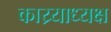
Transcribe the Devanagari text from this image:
काय्र्याध्यक्ष